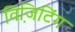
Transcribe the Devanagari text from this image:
विजि़टिंग